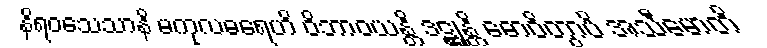
နိရဝသေသာနိ မကုလဓရေဟိ ဝိဘာဝယန္တိ ဒဋ္ဌုန္တိ ဓောဝိတွာပိ အသီမောတိ